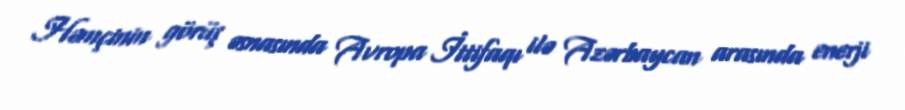
Həmçinin görüş əsnasında Avropa İttifaqı ilə Azərbaycan arasında enerji